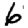
Digit: 6